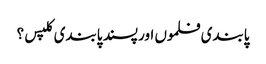
پابندی فلموں اور پسند پابندی کلپس؟